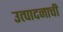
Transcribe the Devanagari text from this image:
उत्‍पादनाची